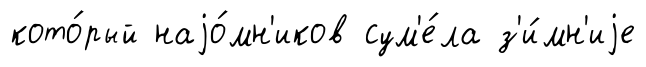
кото́рый наjо́мн'иков сум'е́ла з'и́мн'иjе